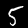
Digit: 5